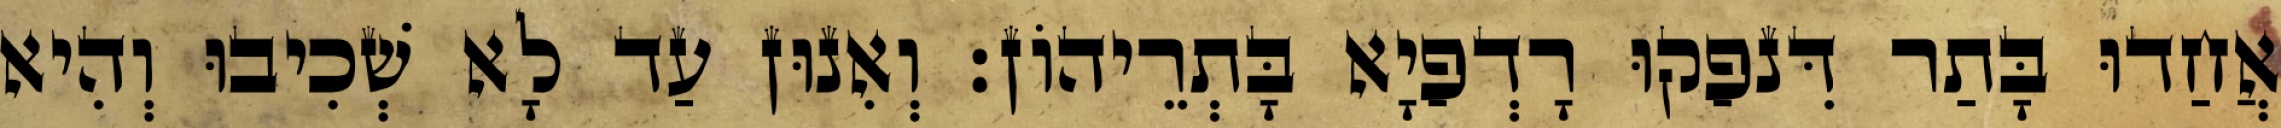
אֲחַדוּ בָּתַר דִּנפַקוּ רָדְפַיָא בָּתְרֵיהוֹן׃ וְאִנוּן עַד לָא שְׁכִיבוּ וְהִיא